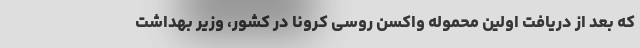
که بعد از دریافت اولین محموله واکسن روسی کرونا در کشور، وزیر بهداشت